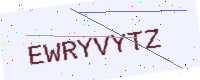
Text: EWRYVYTZ